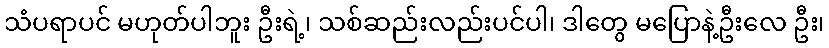
သံပရာပင် မဟုတ်ပါဘူး ဦးရဲ့၊ သစ်ဆည်းလည်းပင်ပါ၊ ဒါတွေ မပြောနဲ့ဦးလေ ဦး၊